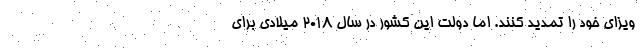
ویزای خود را تمدید کنند. اما دولت این کشور در سال ۲۰۱۸ میلادی برای